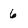
Character: 6